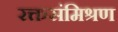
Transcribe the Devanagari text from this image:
रक्तसंमिश्रण